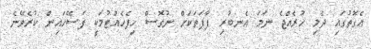
އެގޮތުގައި ދެމި ހުރެއްޖެ ނަމަ އެނބުރި ފާފަތަކަށް ނުގޮސް ހިފެހެއްޓުމަކީ ފަސޭހައިން ކުރެވޭނެ